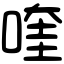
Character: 喹